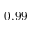
0 . 9 9